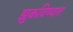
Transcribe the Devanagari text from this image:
झुकविण्यात